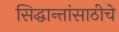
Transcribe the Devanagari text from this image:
सिद्धान्तांसाठीचे